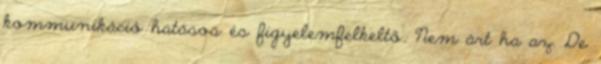
kommunikáció hatásos és figyelemfelkeltő. Nem árt ha az. De